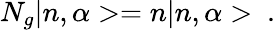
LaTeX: N_{g}|n,\alpha>=n|n,\alpha>~.